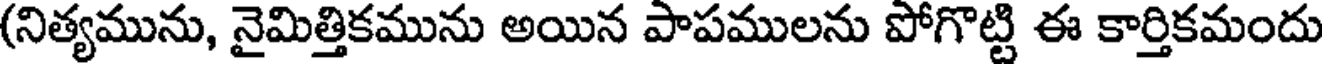
(నిత్యమును, నైమిత్తికమును అయిన పాపములను పోగొట్టి ఈ కార్తికమందు